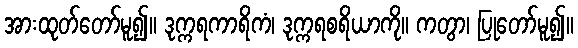
အားထုတ်တော်မူ၍။ ဒုက္ကရကာရိကံ၊ ဒုက္ကရစရိယာကို။ ကတွာ၊ ပြုတော်မူ၍။